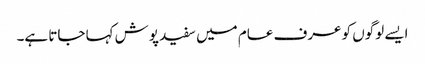
ایسے لوگوں کو عرف عام میں سفید پوش کہا جاتا ہے۔